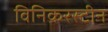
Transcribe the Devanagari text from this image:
विनिकरस्टीन